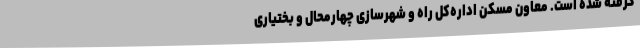
گرفته شده است. معاون مسکن اداره‌کل راه و شهرسازی چهارمحال و بختیاری